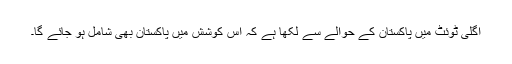
اگلی ٹوئٹ میں پاکستان کے حوالے سے لکھا ہے کہ اس کوشش میں پاکستان بھی شامل ہو جائے گا۔